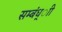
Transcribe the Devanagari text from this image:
सम्बंध्ाी